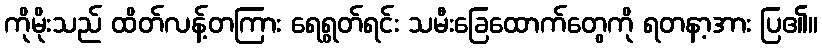
ကိုမိုးသည် ထိတ်လန့်တကြား ရေရွတ်ရင်း သမီးခြေထောက်တွေကို ရတနာ့အား ပြ၏။